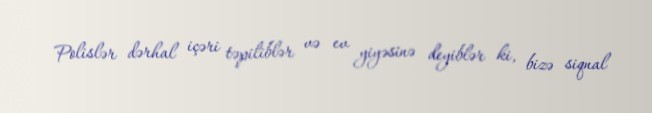
Polislər dərhal içəri təpiliblər və ev yiyəsinə deyiblər ki, bizə siqnal